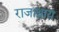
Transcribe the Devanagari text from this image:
राजाश्राय